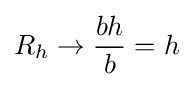
R_{h}\rightarrow {\frac {bh}{b}}=h